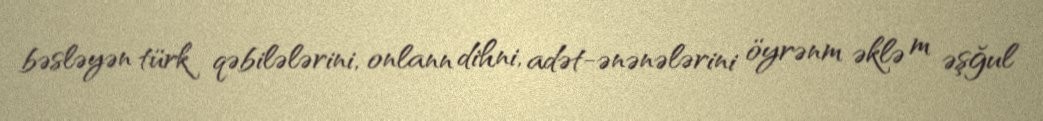
bəsləyən türk qəbilələrini, onlann dihni, adət-ənənələrini öyrənm əklə m əşğul